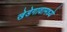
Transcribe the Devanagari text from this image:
खेडेगावामध्ये